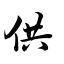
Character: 供